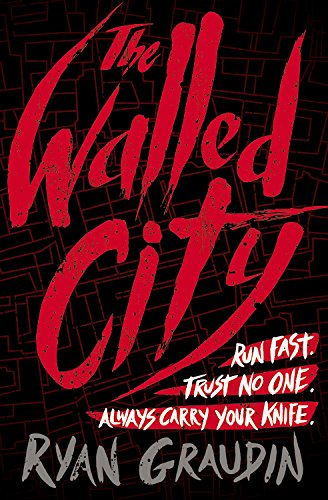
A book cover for The Walled City; Ryan Graudin; Teen & Young Adult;